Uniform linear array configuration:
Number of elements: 12
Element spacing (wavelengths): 0.5
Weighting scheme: hann
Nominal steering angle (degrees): -30
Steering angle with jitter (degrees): -28.058
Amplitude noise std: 0.05
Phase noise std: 0.05

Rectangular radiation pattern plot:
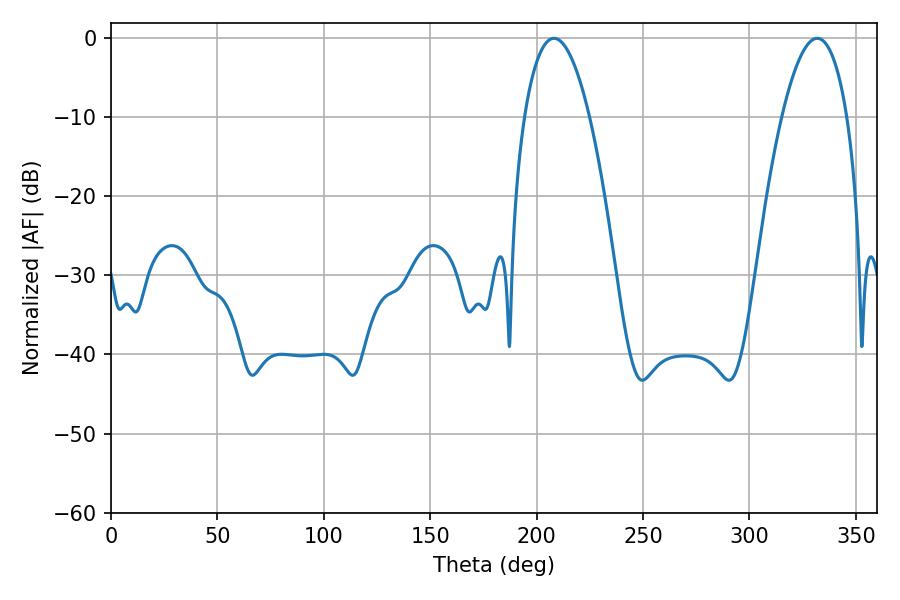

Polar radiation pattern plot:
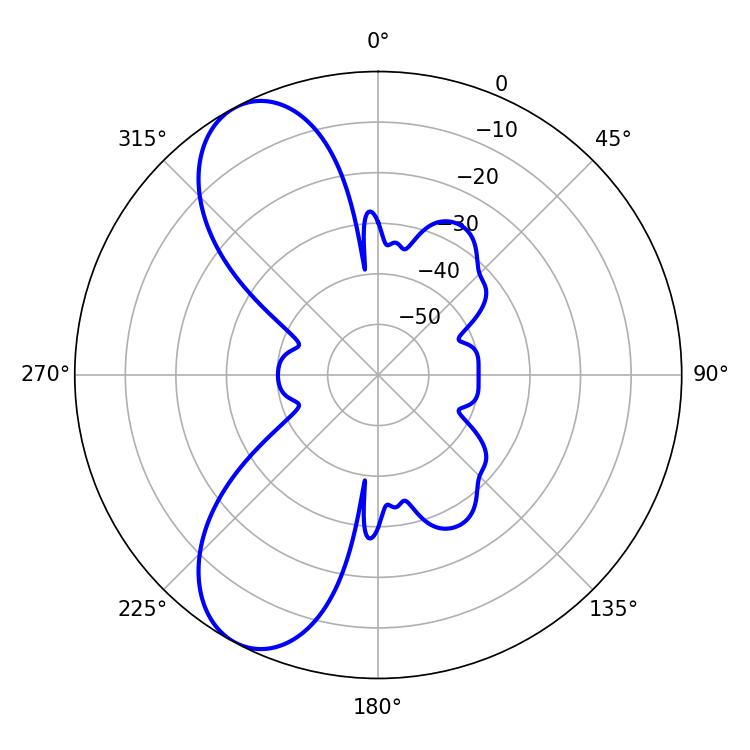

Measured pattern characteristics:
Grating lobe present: FALSE
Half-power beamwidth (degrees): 16.92
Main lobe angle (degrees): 208.08